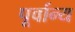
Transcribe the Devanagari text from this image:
पूर्वान्य